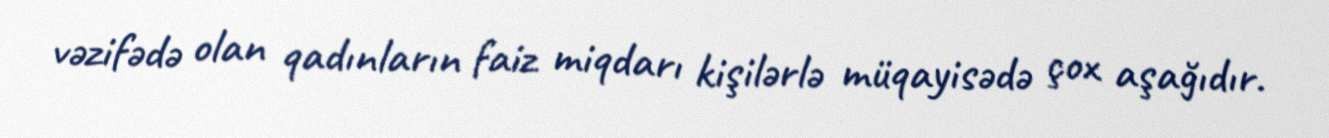
vəzifədə olan qadınların faiz miqdarı kişilərlə müqayisədə çox aşağıdır.